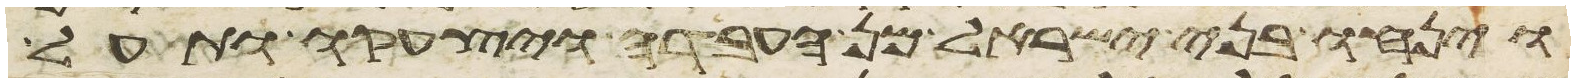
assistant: וינחו בני ישראל מן העבדה ויצעקו ותעל